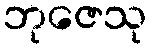
ဘုဇေသု